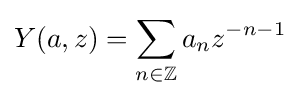
Y(a,z)=\sum _{n\in \mathbb {Z} }a_{n}z^{-n-1}